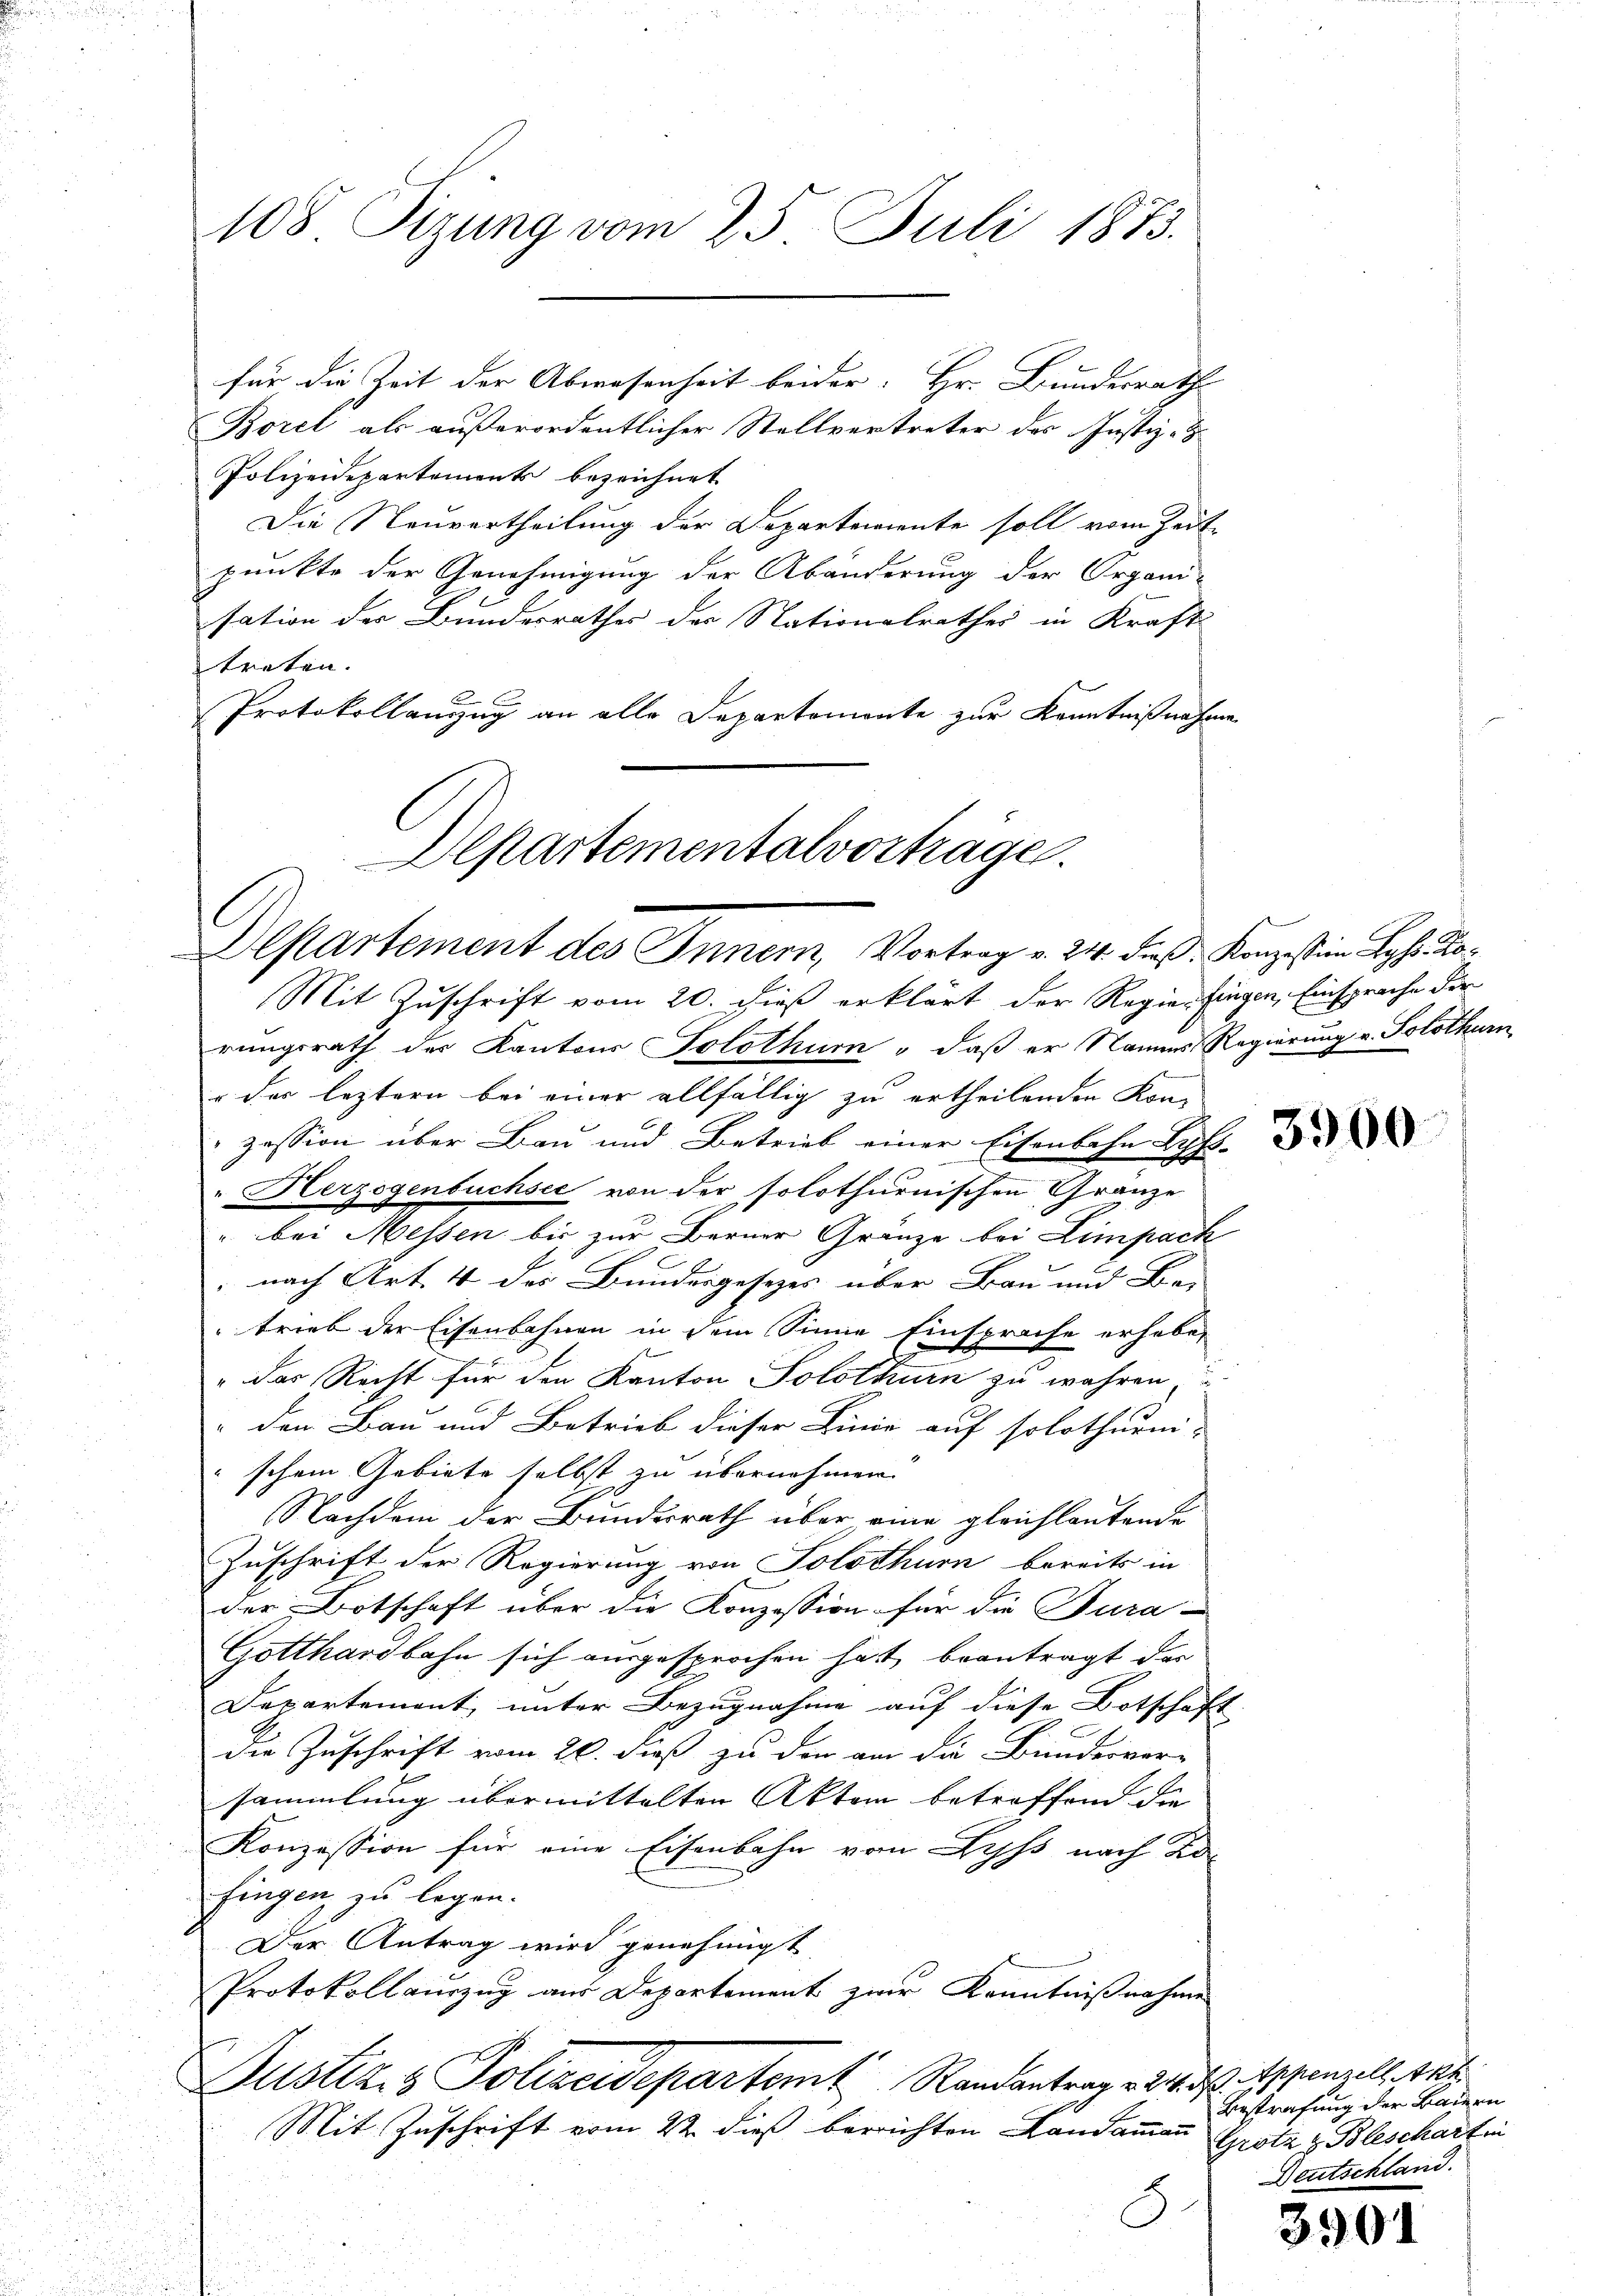
108 Tizung vom 25. Juli 1873.

Borel als außerordentlicher Stellvertreter des Justiz- &
Polizeidepartements bezeichnet
Die Neuvertheilung der Departeriente soll vom Zeitpunkte der Genehmigung der Abänderung der Organi-
sation der Bundesrathes des Nationalrathes in Kraft
treten.
Protokollanzug an alle Departemonte zur Kenntnißnahme
Departementalvorträge.

für die Zeit der Abwesenheit beider Hr. Bundesrath

Departement des Innern, Vortrag v. 24. dieß Konzesten Lehrko¬

Mit Zuschrift vom 20. dieß erklärt der Regienfingen, Einsprache der
rungsrath des Kantons Solothum, daß er Names Regierung v. Solothur
o des leztern bei einer allfällig zu ertheilenden Kon-
zession über Bau und Betrieb einer Eisenbahn Ruf. D
" Herzogenbuchsee von der solothurnischen Gränze
" bei Messen bis zur Berner Gränze bei Limpach
 nach Art. 4 des Bundesgesezes über Bau und Be-
trieb der Eisenbahnen in dem Sinne Einsprache erhabe,
" das Recht für den Kanton Solothurn zu wahren
den Bau und Betrieb dieser Linie auf solothurni-
schem Gebiete selbst zu übernehmen.
Nachdem der Bundesrath über eine gleichlautende
Zuschrift der Regierung von Solothurn bereits in
der Botschaft über die Konzession für die Tura-
Gotthardbahn sich ausgesprochen hat, beantragt der
Departement, unter Bezugnahme auf diese Botschaft |
die Zuschrift vom 20. dieß zu den an die Bundesver-
sammlung übermittelten Akten betroffend die
Konzession für eine Eisenbahn von Lyss nach Ko-
fingen, zu legen.
Der Antrag wird genehmigt
Protokollauszug aus Departement zwar Kenntnißnahme
Justiz & Polizeidepartem Randantrag . . . Appenzell, das
Mit Zuschrift vom 22 dieß berichten Landammann Grotz z. Blescharten
8

Bestrafung der Bauern
Deutschland.

3901